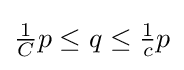
{\tfrac {1}{C}}p\leq q\leq {\tfrac {1}{c}}p